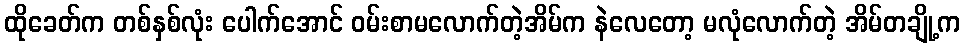
ထိုခေတ်က တစ်နှစ်လုံး ပေါက်အောင် ဝမ်းစာမလောက်တဲ့အိမ်က နဲလေတော့ မလုံလောက်တဲ့ အိမ်တချို့က